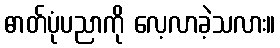
ဓာတ်ပုံပညာကို လေ့လာခဲ့သလား။